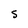
Character: S